Annual report of the Imperial Bacteriologist
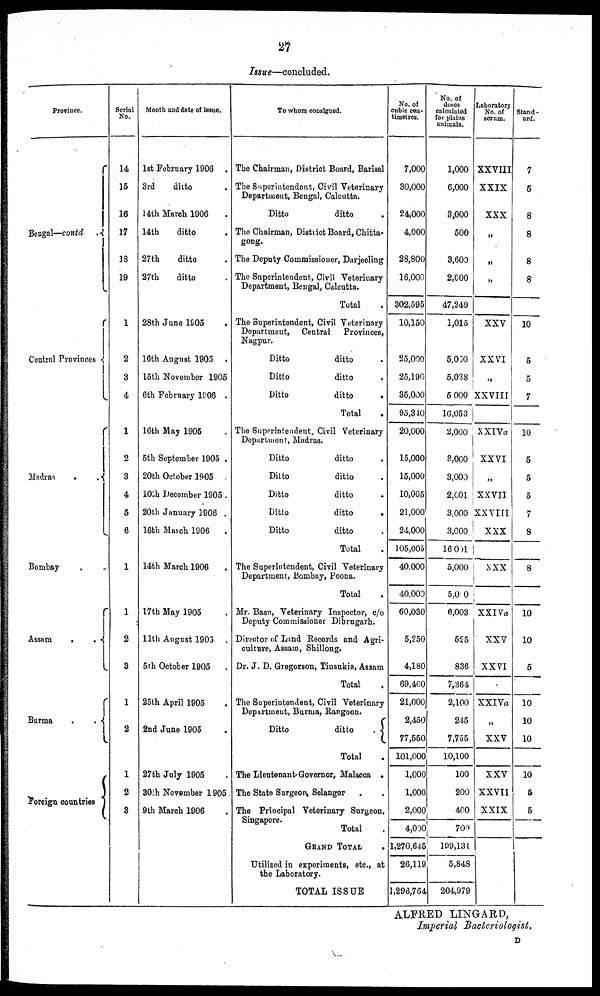
27
Issue—concluded.
Province.
Bengal—contd {
Central Provinces {
Madras
.
{
Bombay
..
Assam
.
. {
Burma
.
. {
Foreign countries {
Serial
No.
14
15
16
17
18
19
1
2
3
4
1
2
3
4
5
6
1
1
2
3
1
2
1
2
3
Month and date of issue.
1st February 1906 .
3rd
ditto
14 th March 1906
14th
ditto
27th
ditto
27th
ditto
28th June 1905
16th August 1905 .
15th November 1905
6th February 1906 .
16th May 1905
5th September 1905 .
20th October 1905 .
10th December 1905.
20th January 1906 .
16th March 1906
.
14th March 1906
17th May 1905
11th August 1905 .
5th October 1905
25th April 1905
2nd June 1905
27th July 1905
30th November 1905
9th March 1906
To whom consigned.
The Chairman, District Board, Barisal
The Superintendent, Civil Veterinary
Department, Bengal, Calcutta.
Ditto
ditto
.
The Chairman, District Board, Chitta-
gong.
The Deputy Commissioner, Darjeeling
The Superintendent, Civil Veterinary
Department, Bengal, Calcutta.
Total
The Superintendent, Civil Veterinary
Department, Central Provinces,
Nagpur.
Ditto
ditto
Ditto
ditto
Ditto
ditto
.
Total
The Superintendent, Civil Veterinary
Department, Madras.
Ditto
ditto
Ditto
ditto
Ditto
ditto
Ditto
ditto
Ditto
ditto
Total
The Superintendent, Civil Veterinary
Department, Bombay, Poona.
Total
Mr. Basu, Veterinary Inspector, c/o
Deputy Commissioner Dibrugarh.
Director of Land Records and Agri-
culture, Assam, Shillong.
Dr. J. D. Gregorson, Tinsukia, Assam
Total
The Superintendent, Civil Veterinary
Department, Burma, Rangoon.
Ditto
ditto
. {
Total
The Lieutenant-Governor, Malacca .
The State Surgeon, Selangor
The Principal Veterinary Surgeon,
Singapore.
Total
GRAND TOTAL
Utilized in experiments, etc., at
the Laboratory.
TOTAL ISSUE
No. of
cubic cen-
timetres.
7,000
30,000
24,000
4,000
28,800
16,000
302,595
10,150
25,000
25,190
35,000
95,340
20,000
15,000
15,000
10,005
21,000
24000
105,005
40,000
40,000
60,030
5,250
4,180
69,460
21,000
2,450
77,550
101,000
1,000
1,000
2,000
4,000
1,270,645
26,119
1,296,764
No. of
doses
calculated
for plains
animals.
1,000
6,000
3,000
500
3,600
2,000
47,249
1,015
5,000
5,038
5,000
16,053
2,000
3,000
3,000
2,001
3,000
3,000
16 001
5,000
5,0 0
6,003
525
836
7,364
2,100
245
7,755
10,100
100
200
400
700
199,131
5,848
204,979
Laboratory
No. of
serum.
XXVIII
XXIX
XXX
„
„
„
XXV
XXVI
„
XXVIII
XXIVa
XXVI
„
XXVII
XXVIII
XXX
xxx
XXIVa
XXV
XXVI
XXIVa
„
XXV
XXV
XXVII
XXIX
Stand-
and.
7
5
8
8
8
8
10
5
5
7
10
5
5
5
7
8
8
10
10
5
10
10
10
10
5
5
ALFRED LINGARD,
Imperial Bacteriologist.
D